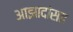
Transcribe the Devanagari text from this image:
आझादांसह